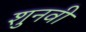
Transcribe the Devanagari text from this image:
शुनवी